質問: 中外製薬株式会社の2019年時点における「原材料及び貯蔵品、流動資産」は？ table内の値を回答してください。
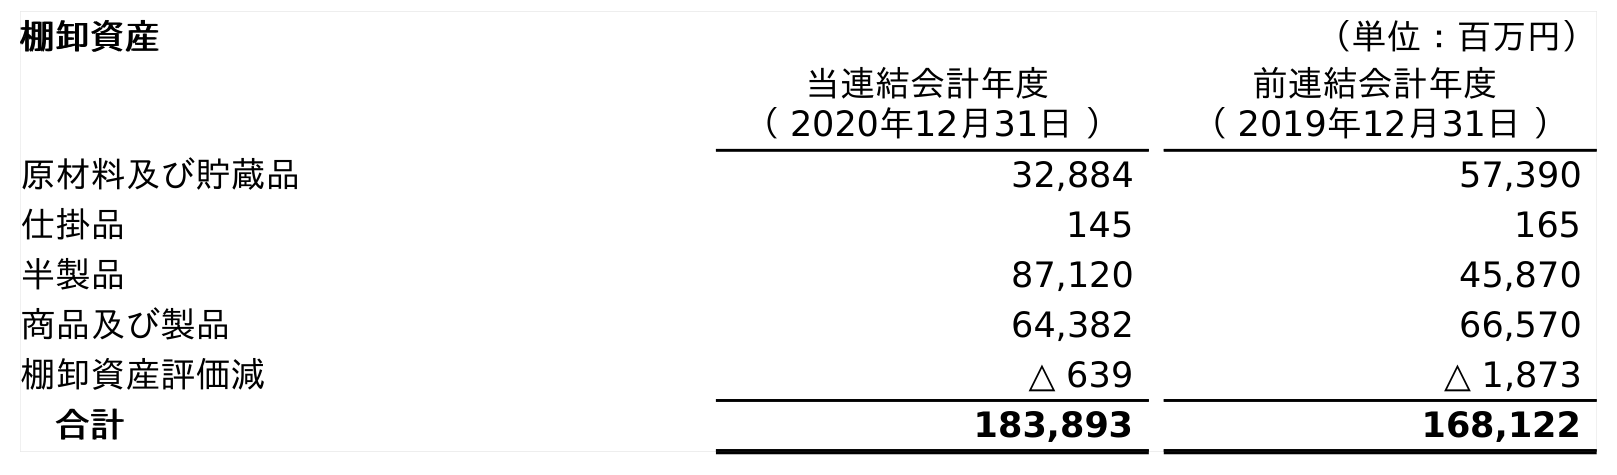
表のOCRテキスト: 棚卸資産 （単位：百万円） 当連結会計年度 （ 2020年12月31日 ） 前連結会計年度 （ 2019年12月31日 ） 原材料及び貯蔵品 32,884 57,390 仕掛品 145 165 半製品 87,120 45,870 商品及び製品 64,382 66,570 棚卸資産評価減 △ 639 △ 1,873 合計 183,893 168,122
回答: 57,390